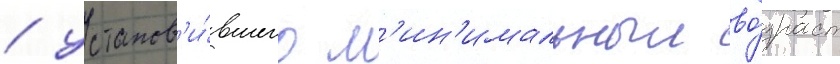
/ установ'и́вшего м'ин'имальныи во́зраст